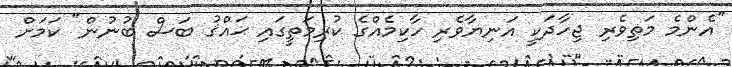
"އެންމެ މަތިވެރި ޖިހާދަކީ އަނިޔާވެރި ހާކިމެއްގެ ކުރިމަތީގައި ޙައްޤު ބަސް ބުނުން" ކަމަށް